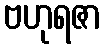
ဗဟုရဇာ